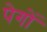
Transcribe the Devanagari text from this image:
पेगों